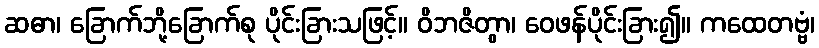
ဆဓာ၊ ခြောက်ဘို့ခြောက်စု ပိုင်းခြားသဖြင့်။ ဝိဘဇိတွာ၊ ဝေဖန်ပိုင်းခြား၍။ ကထေတဗ္ဗံ၊